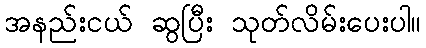
အနည်းငယ် ဆွပြီး သုတ်လိမ်းပေးပါ။